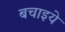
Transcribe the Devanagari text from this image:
बचाइये